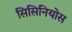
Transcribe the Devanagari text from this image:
सिसिनियोस